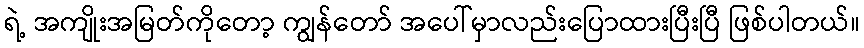
ရဲ့ အကျိုးအမြတ်ကိုတော့ ကျွန်တော် အပေါ်မှာလည်းပြောထားပြီးပြီ ဖြစ်ပါတယ်။